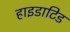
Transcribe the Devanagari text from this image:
हाइडाटिड